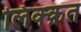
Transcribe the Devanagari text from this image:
लिक्क़त